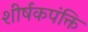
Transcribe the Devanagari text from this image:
शीर्षकपंक्ति